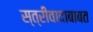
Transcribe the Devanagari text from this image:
स्त्रीवादाबाबत